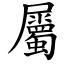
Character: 屬